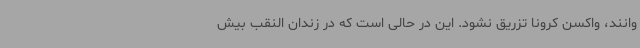
وانند، واکسن کرونا تزریق نشود. این در حالی است که در زندان النقب بیش